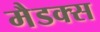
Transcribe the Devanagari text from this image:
मैडक्स